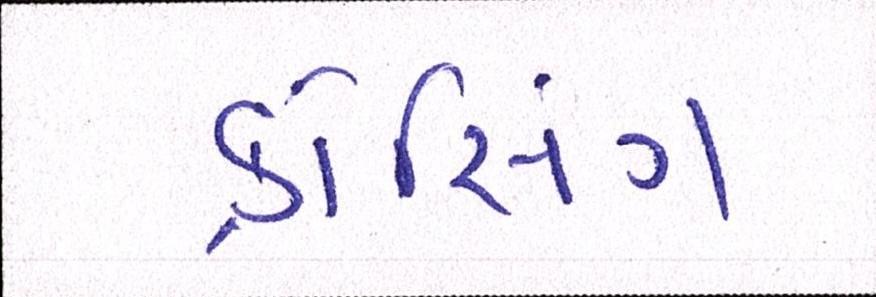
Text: ક્રોસિંગ